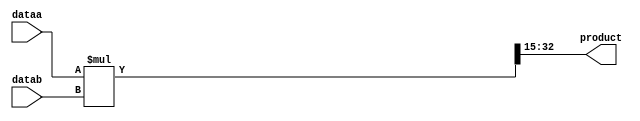
module mult1(dataa,datab,product);  //trunck the LSBs for output
input  [14:0] dataa;
input  [17:0] datab;
output [17:0] product;

wire [14:0] dataa;
wire [17:0] datab;
reg [17:0] product;
reg [32:0] temp;
always @(dataa,datab)begin
     temp = dataa*datab;
     product = temp[32:15];
end
endmodule